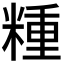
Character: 𥻝